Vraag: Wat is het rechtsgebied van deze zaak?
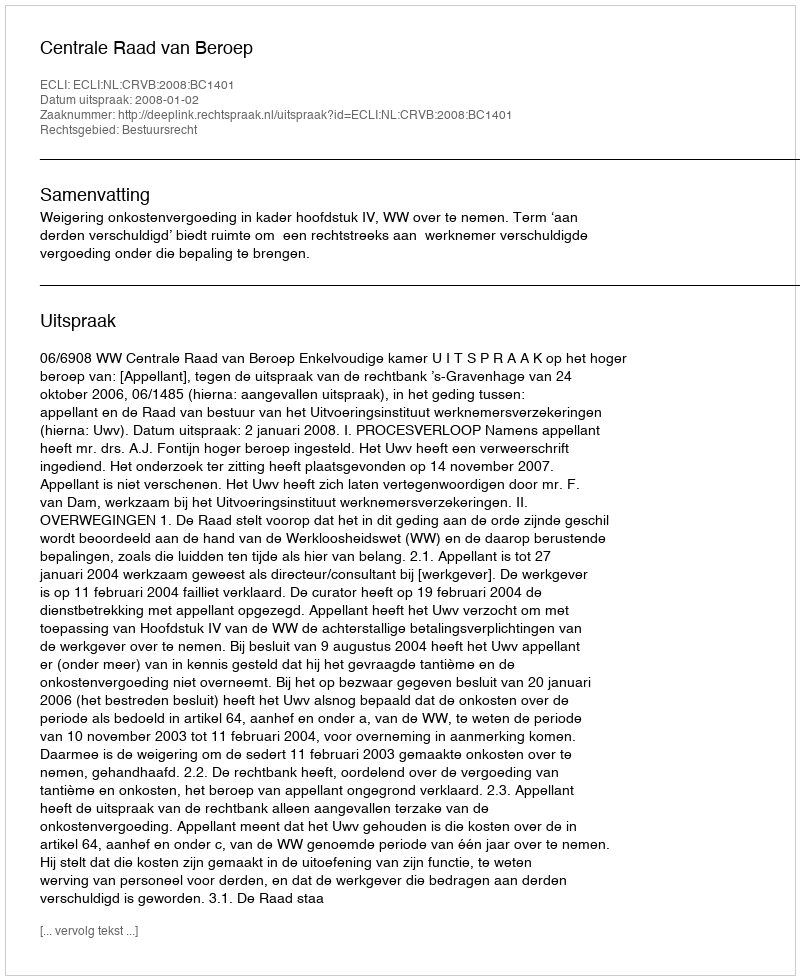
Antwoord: Bestuursrecht